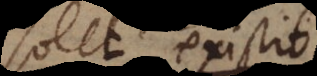
solet existit,